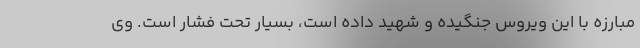
مبارزه با این ویروس جنگیده و شهید داده است، بسیار تحت فشار است. وی